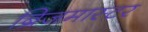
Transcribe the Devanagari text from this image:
ब्रिजमास्टर